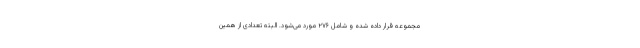
مجموعه قرار داده شده و شامل ۲۷۶ مورد می‌شود. البته تعدادی از همین